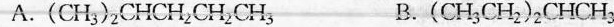
A. (CH_{3})_{2}CHCH_{2}CH_{2}CH_{3} B. (CH _{3}CH_2{})_{2}CHCH_{3}